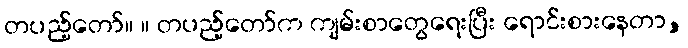
တပည့်တော်။ ။ တပည့်တော်က ကျမ်းစာတွေရေးပြီး ရောင်းစားနေတာ,